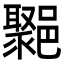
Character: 𨞮